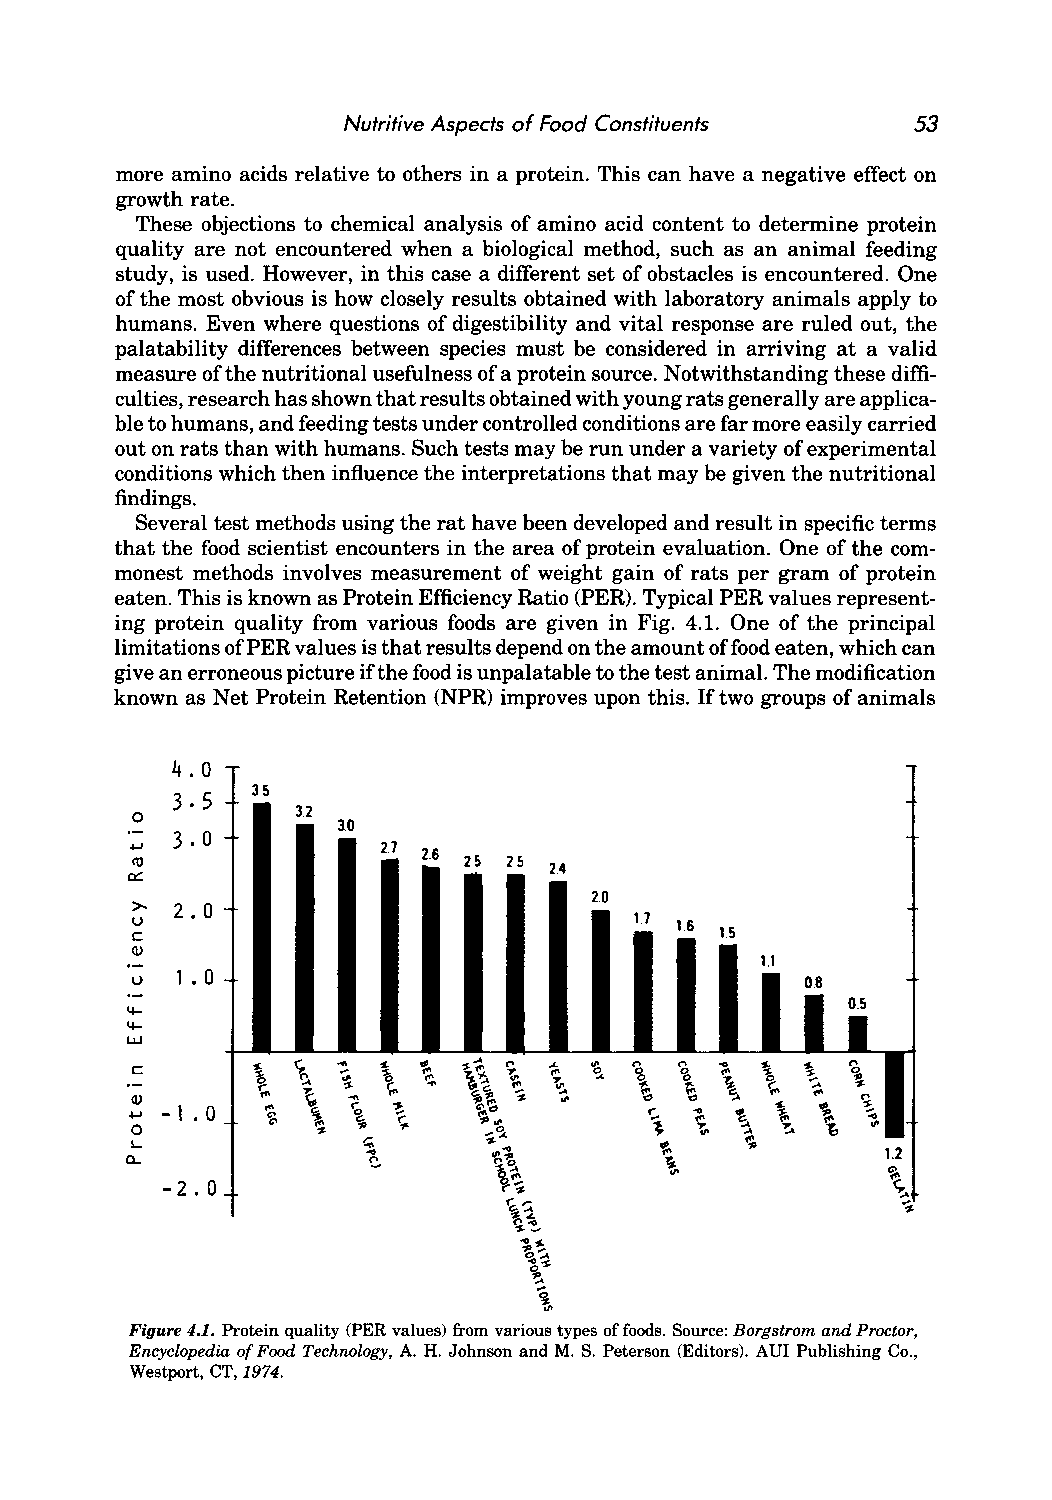
Nutritive Aspects of Food Constituents 53
 more amino acids relative to others in a protein. This can have a negative effect on
 growth rate.
 These objections to chemical analysis of amino acid content to determine protein
 quality are not encountered when a biological method, such as an animal feeding
 study, is used. However, in this case a different set of obstacles is encountered. One
 of the most obvious is how closely results obtained with laboratory animals apply to
 humans. Even where questions of digestibility and vital response are ruled out, the
 palatability differences between species must be considered in arriving at a valid
 measure of the nutritional usefulness of a protein source. Notwithstanding these diffi
 culties, research has shown that results obtained with young rats generally are applica
 ble to humans, and feeding tests under controlled conditions are far more easily carried
 out on rats than with humans. Such tests may be run under a variety of experimental
 conditions which then influence the interpretations that may be given the nutritional
 findings.
 Several test methods using the rat have been developed and result in specific terms
 that the food scientist encounters in the area of protein evaluation. One of the com
 monest methods involves measurement of weight gain of rats per gram of protein
 eaten. This is known as Protein Efficiency Ratio (PER). Typical PER values represent
 ing protein quality from various foods are given in Fig. 4.1. One of the principal
 limitations of PER values is that results depend on the amount of food eaten, which can
 give an erroneous picture if the food is unpalatable to the test animal. The modification
 known as Net Protein Retention (NPR) improves upon this. If two groups of animals
 4.0
 3.5
 3 . 5
 3.2
 0            lO
 ..... 3.0
 27
 2.6
 cu                    2.5 2.5
 a:::                        24
 20
 >- 2.0
 u                                17
 1.6
 c                                      1.5
 Q)
 1.1
 u  1 . 0                                    0.8
 lli
 4-
 4-
 l.I.J  r- -              .., -        - ... '--
 a. I0Q .C .. -.
 .
 ) . - 1 . 0 ~t ~, ~ ' " ~. ~.. ~ ' ; " ~" ~ " < " ~; , !. <;.,
 2
 -~t ~, ~ < ; .. ~ ~ s \'; \5: <, c. ~ ~: ;: . . ~'" ~ ;' "' ~"' .'L '" 0 '. " ~ 'i ~ < ~ :.
 ~ \
 '0 0 ~ . '. ' ". " ' ' \" ... ~. . <.. ; . ~t ~, \ > ;. ~. '. " . ~ { , '0 ~ % . '.. ".
 1.2
 \~                        ~
 -2.0
 r~                        ~
 ~~                        ~
 Figure 4.1. Protein quality (PER values) from various types of foods. Source: Borgstrom and Proctor,
 Encyclopedia of Food Technology, A. H. Johnson and M. S. Peterson (Editors). AUI Publishing Co.,
 Westport, CT, 1974.